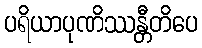
ပရိယာပုဏိဿန္တီတိပေ